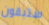
ستبقون